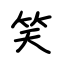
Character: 笑